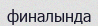
финалында